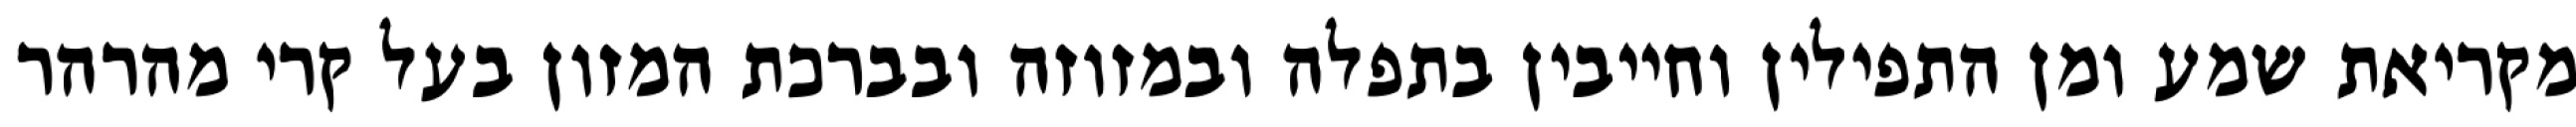
מקריאת שמע ומן התפילין וחייבין בתפלה ובמזוזה ובברכת המזון בעל קרי מהרהר